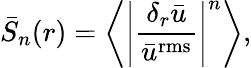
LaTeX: {\bar{S}_{n}}(r)=\left\langle{{{\left|{\frac{{{\delta_{r}}\bar{u}}}{{{{\bar{u}}^{\mathrm{{rms}}}}}}}\right|}^{n}}}\right\rangle,